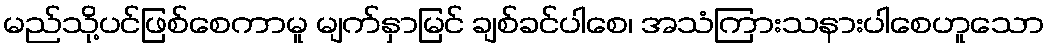
မည်သို့ပင်ဖြစ်စေကာမူ မျက်နှာမြင် ချစ်ခင်ပါစေ၊ အသံကြားသနားပါစေဟူသော